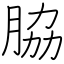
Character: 脇